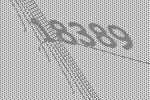
18389